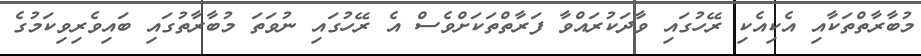
މުބާރާތްތަކާއި އެކިއެކި ރޭހުގައި ވާދަކުރައްވާ ފަރާތްތަކަށްވެސް އެ ރޭހުގައި ނުވަތަ މުބާރާތުގައި ބައިވެރިވިކަމުގެ